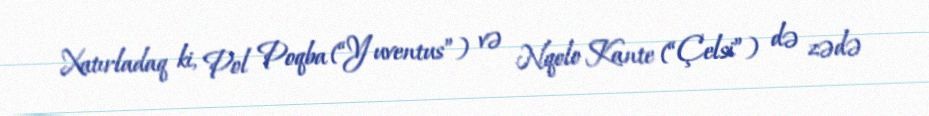
Xatırladaq ki, Pol Poqba (“Yuventus”) və Nqolo Kante (“Çelsi”) də zədə